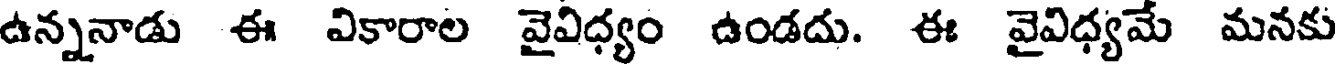
ఉన్ననాడు ఈ వికారాల వైవిధ్యం ఉండదు. ఈ వైవిధ్యమే మనకు